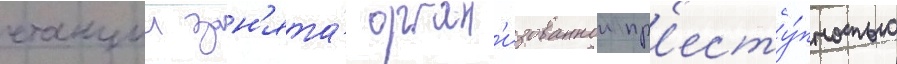
станции зан'ята́ орган'изованнои пр'есту́пностью